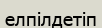
елпілдетіп